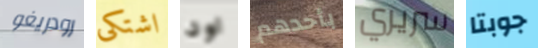
رودريغو اشتكى اود بأحدهم سريري جوبتا